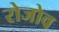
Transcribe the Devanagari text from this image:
रोजोव